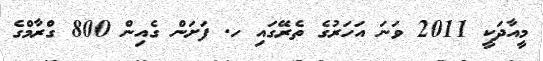
މީއާދަކީ 2011 ވަނަ އަހަރުގެ ތެރޭގައި ހ. ފަށަން ގެއިން 800 ގްރާމްގެ